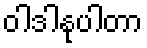
ဝါဒါနုပါတာ